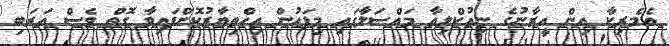
އެމެރިކާ އިން އީރާނުގެ ނިއުކްލިއާ މައްސަލާގައި މިފަހުން އިހްތިޔާރުކޮށްފައިވާ ގޮތް ވެސް އަރަބި